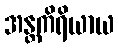
အန္တကိရိယာယ